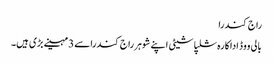
راج کندرا
بالی ووڈ اداکارہ شلپاشیٹی اپنے شوہر راج کندراسے 3مہینے بڑی ہیں۔